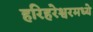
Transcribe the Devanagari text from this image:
हरिहरेश्वरमध्ये